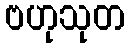
ဗဟုသုတ